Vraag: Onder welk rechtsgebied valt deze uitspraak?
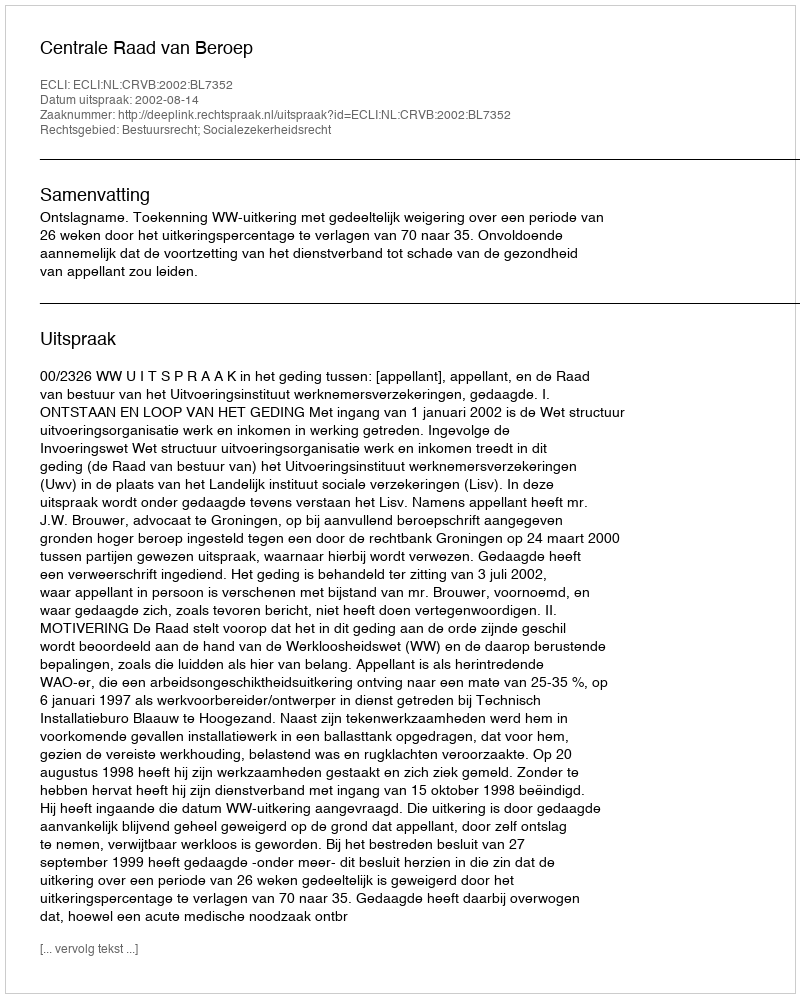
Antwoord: Bestuursrecht; Socialezekerheidsrecht